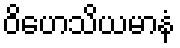
ဝိဟေသိယမာနံ